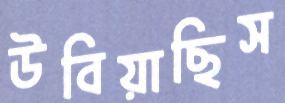
উবিয়াছিস